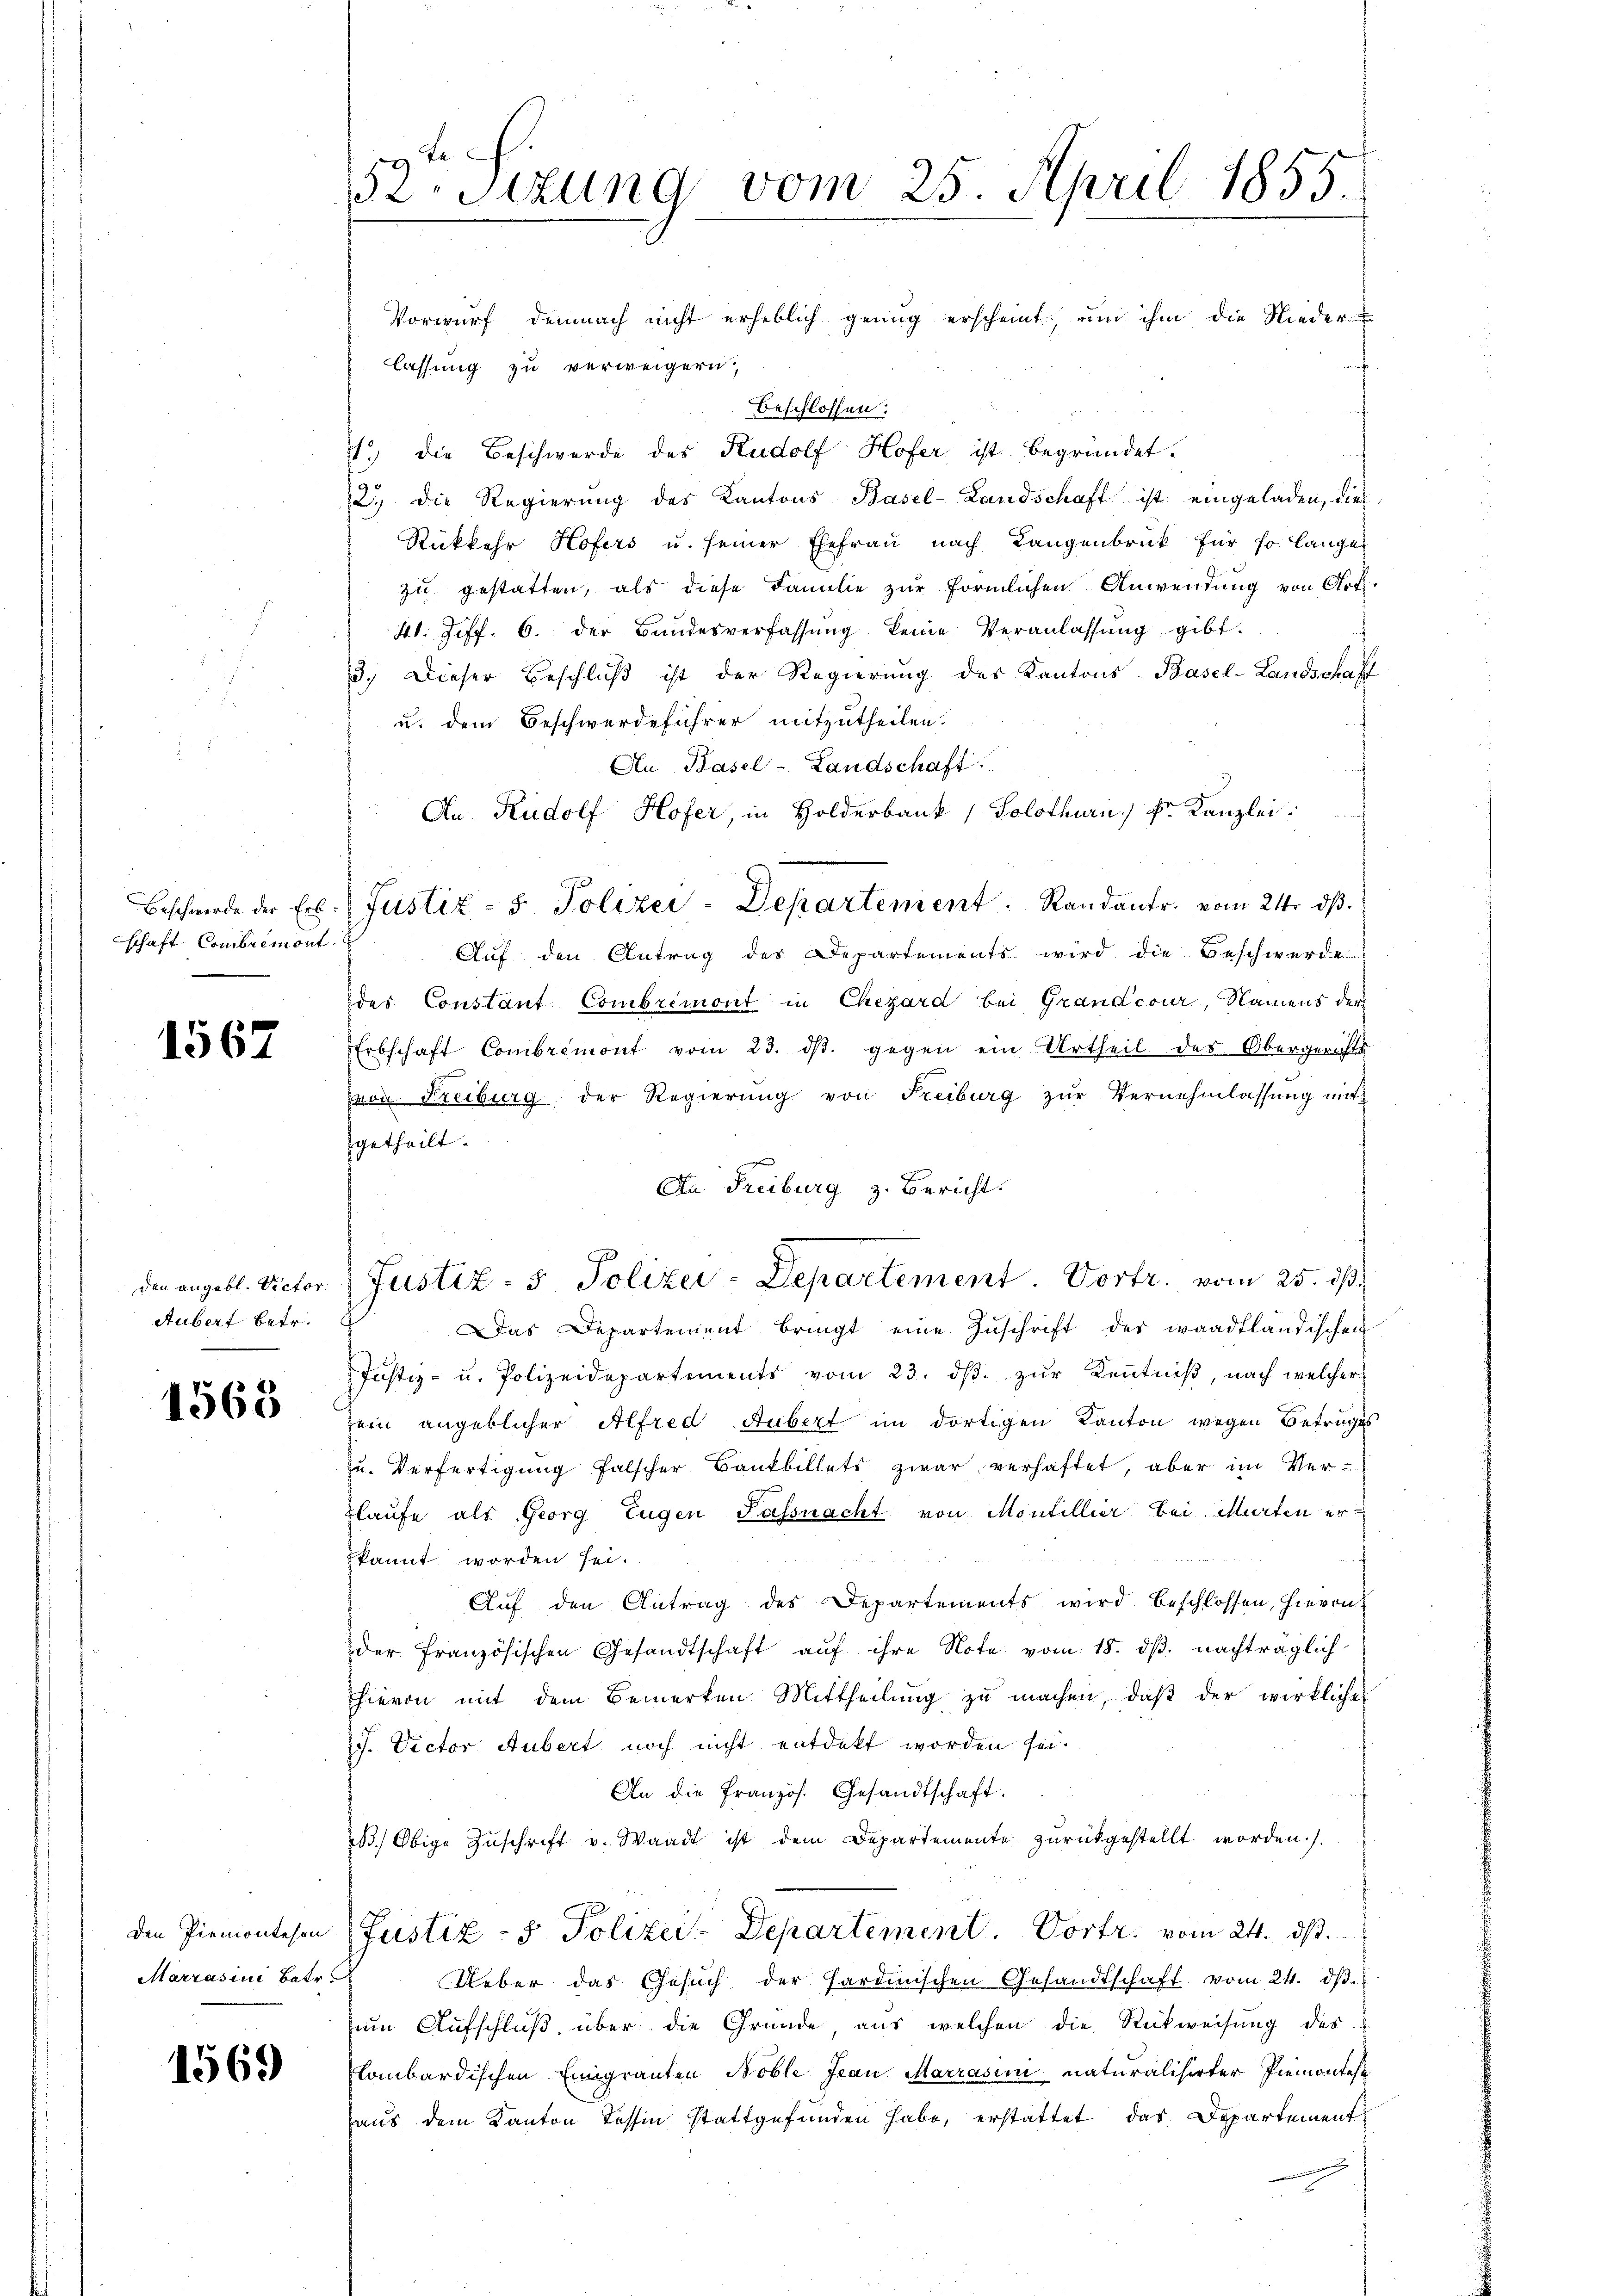
schaft Combremont.

1567

den angebl. Victor.
Aubert betr.

1568

Den Piemontesen
Marrasini Betr

1569

52 Stzung vom 25. April 1855.

Vorwurf demnach nicht erheblich genug erscheint, um ihm die Nieder-
f
lassung zu verweigern;
beschlossen:
1) die Beschwerde des Rudolf Hofer, ist begründet.
22. die Regierung des Kantons Basel-Landschaft ist eingeladen, dies
Rückkehr Hofers u. seiner Ehefrau nach Langenbruck für so lange
zu gestatten, als diese Familie zur förmlichen Anwendung von Art.
41. Ziff. 6. der Bundesverfassung keine Veranlassŭng gibt.
3.) Dieser Beschluß ist der Regierung des Kantons Basel-Landschaff
u. dem Beschwerdeführer mitzutheilen.
An Basel-Landschaft.
An Rudolf Hofer, in Holderbank, Solothurii) Dr. Kanzlei:
Auf den Antrag des Departements wird die Beschwerde
des Constant Combremont in Chezard bei Grandcour, Namens der
Erbschaft Combrimont vom 23. ds. gegen ein Urtheil des Obergerichts
von Freiburg, der Regierung von Freiburg zur Vernehmlassung mit
getheilt.
An Freiburg z. Bericht.
Justiz- 5. Polizei-Departement. Vortr. vom 25. ds.
Das Departement bringt eine Zuschrift der waadtländischen
Justiz- u. Polizeidepartements vom 23. dβ zŭr Kenntniß, nach welcher
sein angeblicher Alfred Hubert im dortigen Kanton wegen Betruges
zu. Verfertigung falscher Bankbillets zwar verhaftet, aber im Verflaufe als Georg Eugen Fassnacht von Montillier bei Murten er
kannt worden sei.
s
Aŭf den Antrag des Departements wird beschlossen, hievon
der französischen Gesandtschaft aŭf ihre Note vom 18. dβ. nachträglich
hievon mit dem Bemerken Mittheilŭng zŭ machen, daβ der wirklicher
J. Victor Aubert noch nicht entdekt worden sei.
An die Französ. Gesandtschaft.
.) Obige Zuschrift v. Waadt ist dem Departemente zurückgestellt worden.).
Justiz- & Polizei-Departement Vortr. vom 24. ds.
Ueber das Gesŭch der Sardinischen Gesandtschaft vom 24. dβ.
zum Aufschluß, über die Gründe aus welchen die Rückweisung des
lombardischen Einigranten Nöble Jean Marrasini naturalisirter Piemontest
haus dem Kanton Tessin stattgefunden habe, erstattet das Departement

Beschwerde der Erb. Justiz- & Polizei - Departement. Randantr. vom 24. ds.